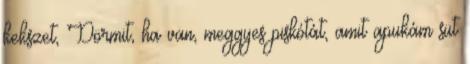
kekszet, Dörmit, ha van, meggyes piskótát, amit apukám süt